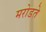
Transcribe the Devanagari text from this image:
मरोडते